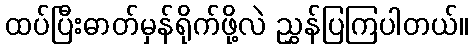
ထပ်ပြီးဓာတ်မှန်ရိုက်ဖို့လဲ ညွှန်ပြကြပါတယ်။